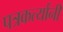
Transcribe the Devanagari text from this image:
पत्रकर्त्यांनी